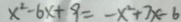
x ^ { 2 } - 6 x + 9 = - x ^ { 2 } + 7 x - 6